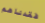
فقدناهم